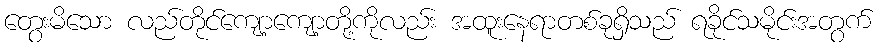
တွေးမိသော လည်တိုင်ကျော့ကျော့တို့ကိုလည်း အထူးနေရာတစ်ခုရှိသည် ရခိုင်သမိုင်းအတွက်